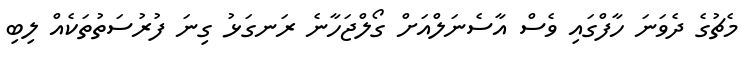
މެޗުގެ ދެވަނަ ހާފްގައި ވެސް އާސެނަލްއަށް ގޯލްޖަހާނެ ރަނގަޅު ގިނަ ފުރުސަތުތަކެއް ލިބި